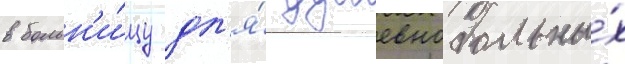
в больн'и́цу дл'я́ душевнобольны́х